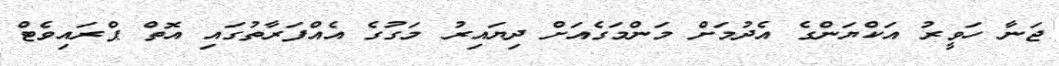
ޖަނާ ހަވީރު އަކްޔަންގެ އެދުމަށް މަންމަގެއަށް ދިޔައިރު މަގުގެ އެއްފަރާތުގައި އޮތް ޕްރައިވެޓް